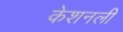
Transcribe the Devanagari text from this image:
केशनली